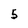
Character: 5